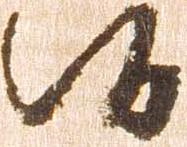
候